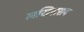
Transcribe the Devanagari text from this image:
लखिसराय